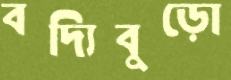
বদ্যিবুড়ো